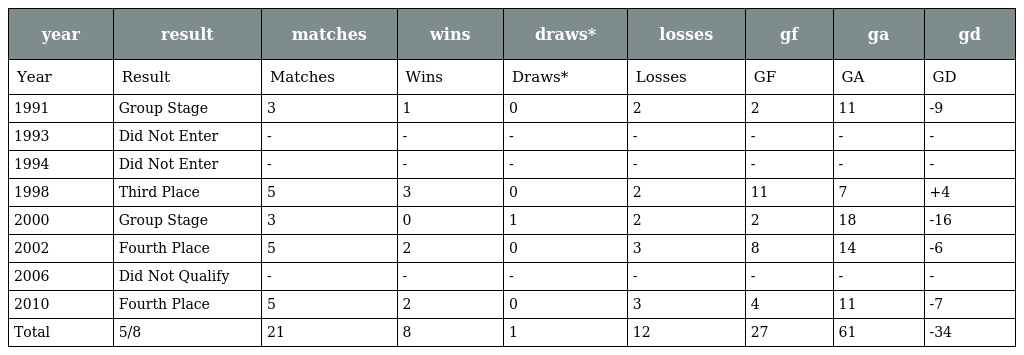
| year | result | matches | wins | draws* | losses | gf | ga | gd |
 | --- | --- | --- | --- | --- | --- | --- | --- | --- |
 | Year | Result | Matches | Wins | Draws* | Losses | GF | GA | GD |
 | 1991 | Group Stage | 3 | 1 | 0 | 2 | 2 | 11 | -9 |
 | 1993 | Did Not Enter | - | - | - | - | - | - | - |
 | 1994 | Did Not Enter | - | - | - | - | - | - | - |
 | 1998 | Third Place | 5 | 3 | 0 | 2 | 11 | 7 | +4 |
 | 2000 | Group Stage | 3 | 0 | 1 | 2 | 2 | 18 | -16 |
 | 2002 | Fourth Place | 5 | 2 | 0 | 3 | 8 | 14 | -6 |
 | 2006 | Did Not Qualify | - | - | - | - | - | - | - |
 | 2010 | Fourth Place | 5 | 2 | 0 | 3 | 4 | 11 | -7 |
 | Total | 5/8 | 21 | 8 | 1 | 12 | 27 | 61 | -34 |